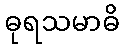
ဓုရသမာဓိ